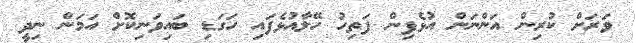
ވަރަށް ކުރިން އަންނަން އުޅެފިން ފަތިހު ހޭލާއުޅެފައި ހަގަޑި ބައިވަނިކޮށް އަމަން ނިދީ